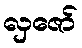
လှဇော်